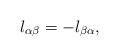
LaTeX: \begin{align*}l_{\alpha\beta}=-l_{\beta\alpha},\end{align*}